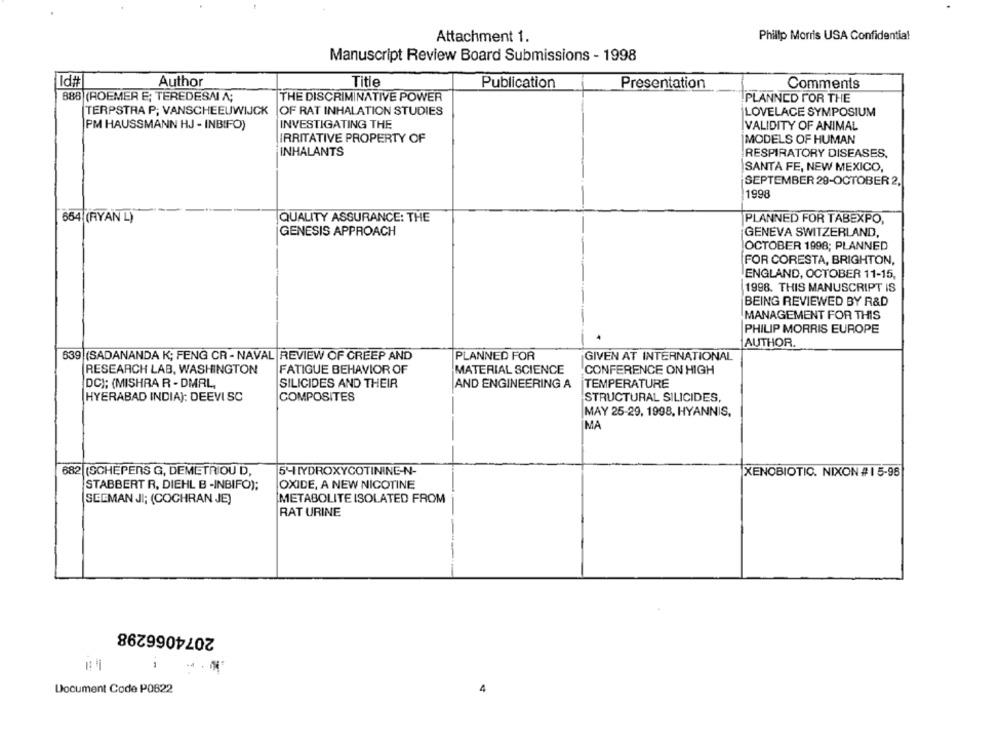
Attachment 1.
Philip Morris USA Confidential
Manuscript Review Board Submissions - 1998
Id#
Author
Title
Publication
Presentation
Comments
888 (ROEMER E; TEREDESAI A;
THE DISCRIMINATIVE POWER
PLANNED FOR THE
TERPSTRA P; VANSCHEEUWIJCK
OF RAT INHALATION STUDIES
LOVELACE SYMPOSIUM
PM HAUSSMANN HJ - INBIFO)
INVESTIGATING THE
VALIDITY OF ANIMAL
IRRITATIVE PROPERTY OF
MODELS OF HUMAN
INHALANTS
RESPIRATORY DISEASES.
SANTA FE, NEW MEXICO,
SEPTEMBER 29-OCTOBER 2,
1998
654 (RYAN L)
QUALITY ASSURANCE: THE
PLANNED FOR TABEXPO,
GENESIS APPROACH
GENEVA SWITZERLAND,
OCTOBER 1998; PLANNED
FOR CORESTA, BRIGHTON,
ENGLAND, OCTOBER 11-15,
1998. THIS MANUSCRIPT IS
BEING REVIEWED BY R&D
MANAGEMENT FOR THIS
PHILIP MORRIS EUROPE
AUTHOR.
639 (SADANANDA K; FENG CR - NAVAL REVIEW OF CREEP AND
PLANNED FOR
GIVEN AT INTERNATIONAL
RESEARCH LAB, WASHINGTON
FATIGUE BEHAVIOR OF
MATERIAL SCIENCE
CONFERENCE ON HIGH
DC); (MISHRA R - DMRL,
SILICIDES AND THEIR
AND ENGINEERING A
TEMPERATURE
HYERABAD INDIA): DEEVI SC
COMPOSITES
STRUCTURAL SILICIDES,
MAY 25-29, 1998, HYANNIS,
MA
682 (SCHEPERS G, DEMETRIOU D,
5-HYDROXYCOTININE-N-
XENOBIOTIC. NIXON # 1 5-98
STABBERT R, DIEHL B -INBIFO);
OXIDE, A NEW NICOTINE
SEEMAN JI; (COCHRAN JE)
METABOLITE ISOLATED FROM
RAT URINE
2074066298
Document Code P0622
4